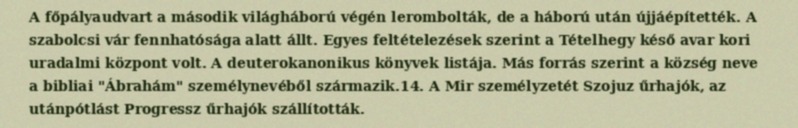
A főpályaudvart a második világháború végén lerombolták, de a háború után újjáépítették. A szabolcsi vár fennhatósága alatt állt. Egyes feltételezések szerint a Tételhegy késő avar kori uradalmi központ volt. A deuterokanonikus könyvek listája. Más forrás szerint a község neve a bibliai "Ábrahám" személynevéből származik.14. A Mir személyzetét Szojuz űrhajók, az utánpótlást Progressz űrhajók szállították.